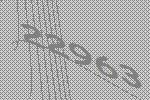
22963